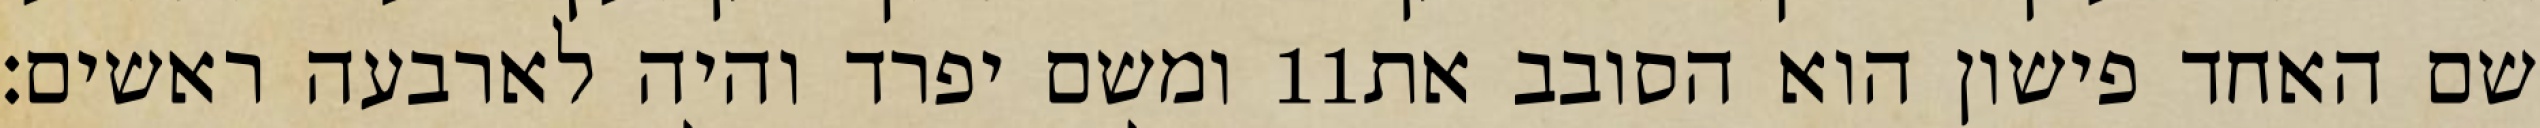
ומשם יפרד והיה לארבעה ראשים׃ ‎11‏ שם האחד פישון הוא הסובב את